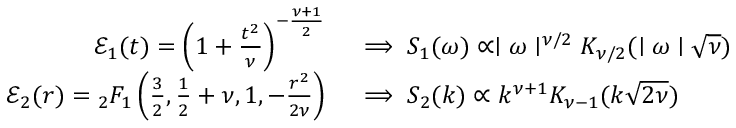
\begin{array} { r l } { \mathcal { E } _ { 1 } ( t ) = \left( 1 + \frac { t ^ { 2 } } { \nu } \right) ^ { - \frac { \nu + 1 } { 2 } } } & { { } \implies S _ { 1 } ( \omega ) \propto \mid \omega \mid ^ { \nu / 2 } K _ { \nu / 2 } ( \mid \omega \mid \sqrt { \nu } ) } \\ { \mathcal { E } _ { 2 } ( r ) = { } _ { 2 } F _ { 1 } \left( \frac { 3 } { 2 } , \frac { 1 } { 2 } + \nu , 1 , - \frac { r ^ { 2 } } { 2 \nu } \right) } & { { } \implies S _ { 2 } ( k ) \propto k ^ { \nu + 1 } K _ { \nu - 1 } ( k \sqrt { 2 \nu } ) } \end{array}